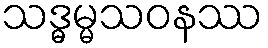
သဒ္ဓမ္မသဝနဿ